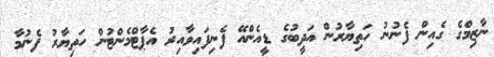
ނާޒިމްގެ ގެއިން ފެނުނު ހަތިޔާރުން އަދީބުގެ ޑީއެންއޭ ފެނިފައިވާއިރު އެޕާޓްމެންޓުން ހަތިޔާރު ފެނުމާ